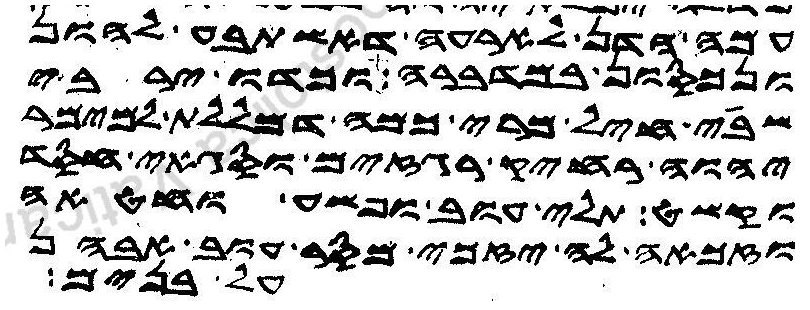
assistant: עמה הדן לארעה דאשתבע להון
ונכסון במדברה וכדו ירבי
שבי חיל מרי כמה מללת למימר
יהוה רחיק רגזים וסגאי חסד
וקשט תלי עוב ופשע וחטאה
וזכאה לה יזכי מסר עוב אבהן
על בנים